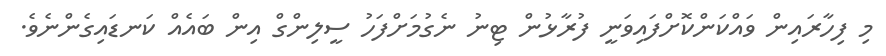
މި ފިހާރައިން ވައްކަންކޮށްފައިވަނީ ފުރާޅުން ޓިނު ނެގުމަށްފަހު ސީލިންގް އިން ބައެއް ކަނޑައިގެންނެވެ.